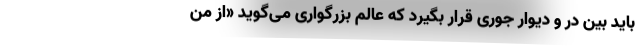
باید بین در و دیوار جوری قرار بگیرد که عالم بزرگواری می‌گوید «از من